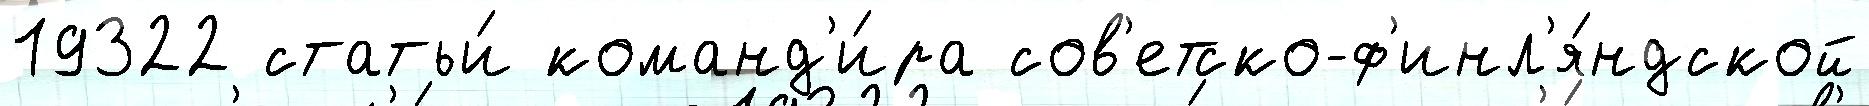
19322 статьи́ команд'и́ра сов'етско-ф'инл'я́ндской